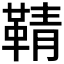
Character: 𮧞